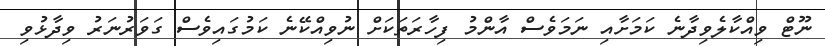
ނޫޓް ވިއްކާލެވިދާނެ ކަމަށާއި ނަމަވެސް އާންމު ފިހާރަތަކަށް ނުވިއްކޭނެ ކަމުގައިވެސް ގަވަރުނަރު ވިދާޅުވި